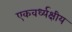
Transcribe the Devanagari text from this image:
एकवर्ध्यक्षीय